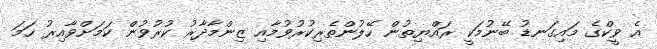
އެ ވީކްގެ މައިގަނޑު ބޭނުމަކީ ރައްޔިތުން ހޭލުންތެރިކުރުވުމާއި ޒިންމާދާރު ކުރުވުން ކަމަށްވާއިރު ހަމަ